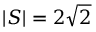
| S | = 2 { \sqrt { 2 } }